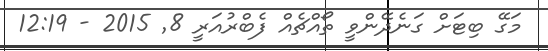
މަގޭ ބިޓަށް ގަނެދޭންވީ ތޯއްޗެއް ފެބްރުއަރީ 8